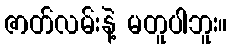
ဇာတ်လမ်းနဲ့ မတူပါဘူး။